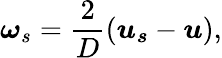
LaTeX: \boldsymbol{\omega}_{s}=\frac{2}{D}(\boldsymbol{u_{s}}-\boldsymbol{u}),